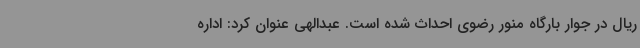
ریال در جوار بارگاه منور رضوی احداث شده است. عبدالهی عنوان کرد: اداره